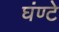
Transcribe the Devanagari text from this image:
घंण्टे